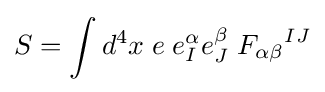
S=\int d^{4}x\;e\;e_{I}^{\alpha }e_{J}^{\beta }\;{F_{\alpha \beta }}^{IJ}